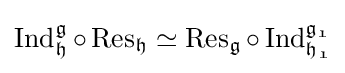
\operatorname {Ind} _{\mathfrak {h}}^{\mathfrak {g}}\circ \operatorname {Res} _{\mathfrak {h}}\simeq \operatorname {Res} _{\mathfrak {g}}\circ \operatorname {Ind} _{\mathfrak {h_{1}}}^{\mathfrak {g_{1}}}